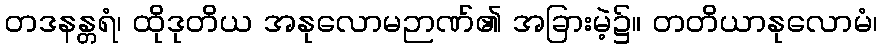
တဒနန္တရံ၊ ထိုဒုတိယ အနုလောမဉာဏ်၏ အခြားမဲ့၌။ တတိယာနုလောမံ၊